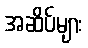
အဆိပ်များ